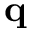
\mathbf { q }